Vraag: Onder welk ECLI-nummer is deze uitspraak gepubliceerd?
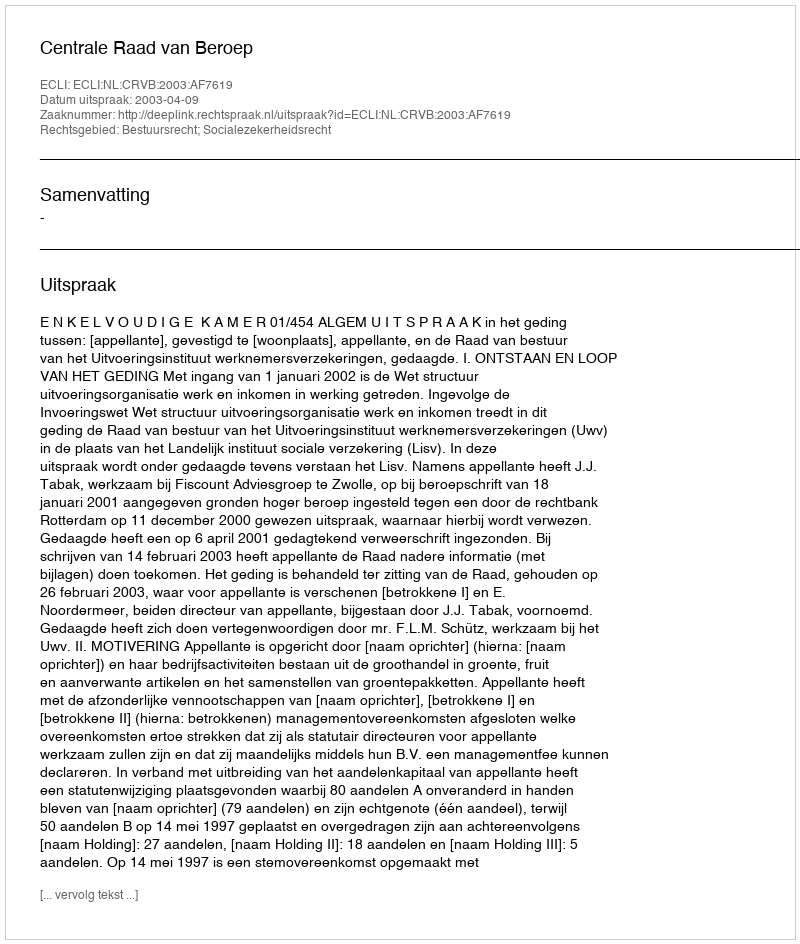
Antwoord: ECLI:NL:CRVB:2003:AF7619